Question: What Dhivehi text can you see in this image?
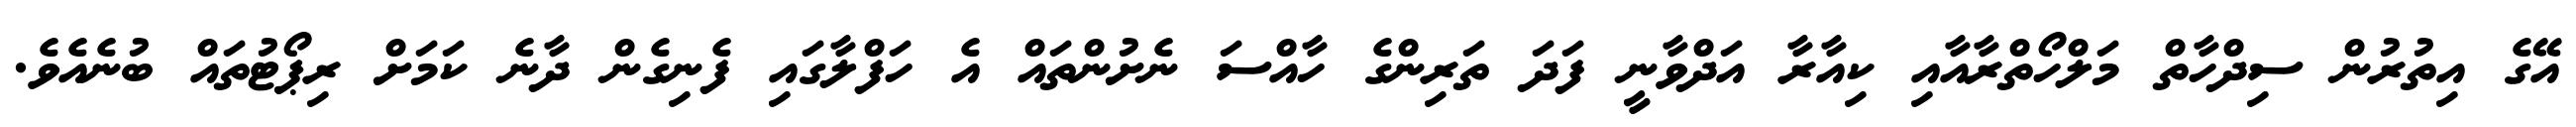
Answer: އޭގެ އިތުރުން ސިދްހާތް މަލްހޯތްރާއާއި ކިއާރާ އަދްވާނީ ފަދަ ތަރިންގެ ހާއްސަ ނެށުންތައް އެ ހަފްލާގައި ފެނިގެން ދާނެ ކަމަށް ރިޕޯޓުތައް ބުނެއެވެ.